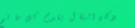
دكان البقال يقدم كل ما تح